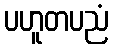
ပဟူတပညံ